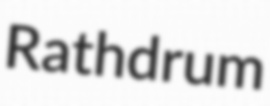
Rathdrum